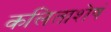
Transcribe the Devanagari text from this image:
कलिताशेषं